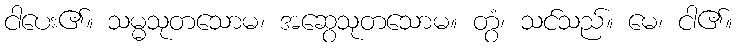
ငါပေး၏။ သမ္မသုတသောမ၊ အဆွေသုတသောမ။ တွံ၊ သင်သည်။ မေ၊ ငါ၏။